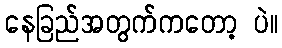
နေခြည်အတွက်ကတော့ ပဲ။